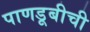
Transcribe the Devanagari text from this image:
पाणडूबीची